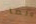
ولما